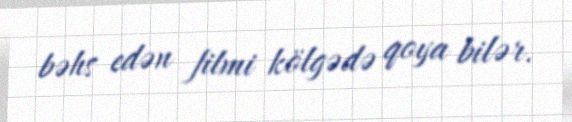
bəhs edən filmi kölgədə qoya bilər.